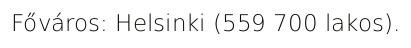
Főváros: Helsinki (559 700 lakos).